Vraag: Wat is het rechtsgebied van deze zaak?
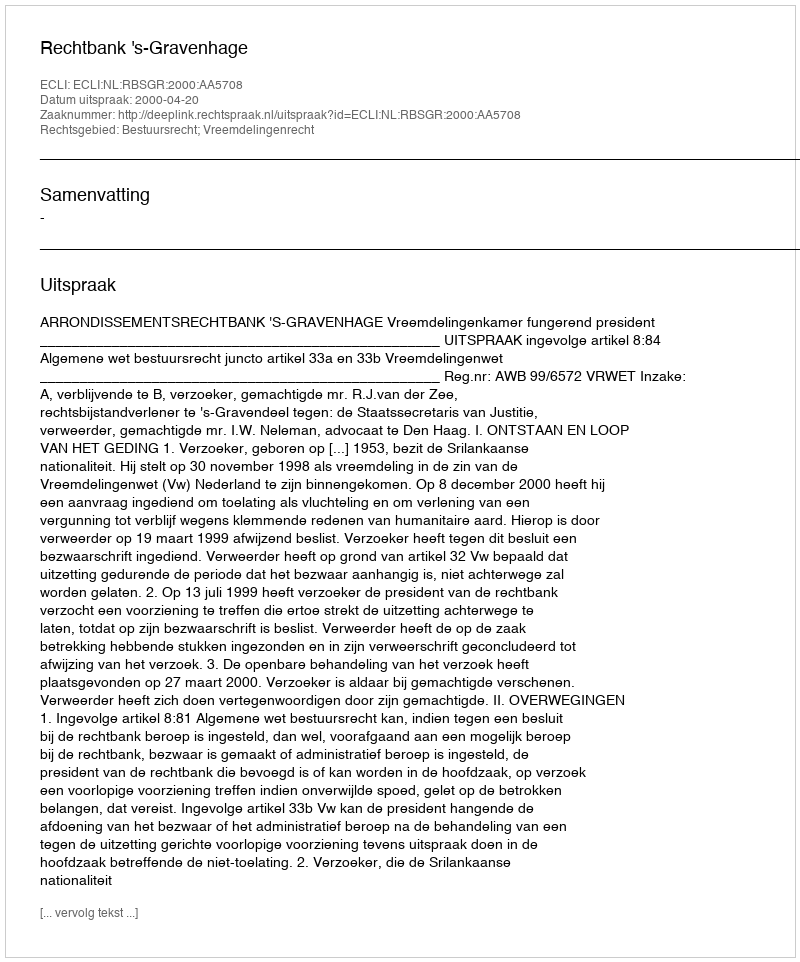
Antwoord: Bestuursrecht; Vreemdelingenrecht